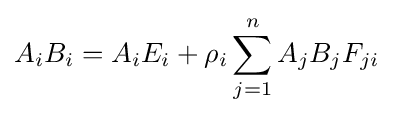
A_{i}B_{i}=A_{i}E_{i}+\rho _{i}\sum _{j=1}^{n}A_{j}B_{j}F_{ji}